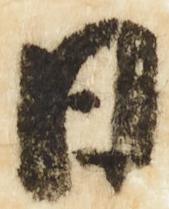
日